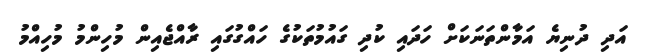
އަދި ދުނިޔެ އަމާންތަނަކަށް ހަދައި ކުދި ގައުމުތަކުގެ ހައްގުގައި ރާއްޖެއިން މުހިންމު މުހިއްމު